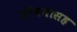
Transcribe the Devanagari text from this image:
जीवनासह